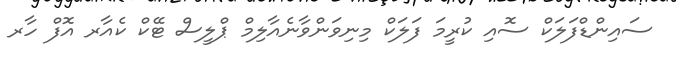
ސައިންޑްފަލަކް ސޮއި ކުރީމަ ފަލަކް މިނިވަންވާނެއާލިމް ޕްލީސް ޓޭކް ކެއާރ އޮފް ހާރ